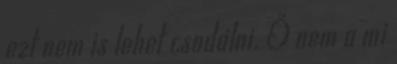
ezt nem is lehet csodálni. Ő nem a mi